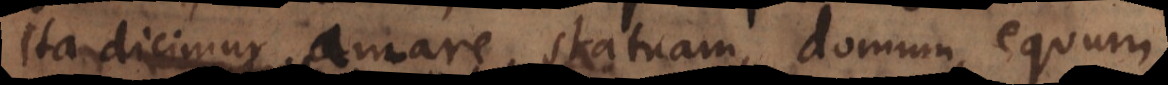
ita dicimur amare statuam, domum, equum